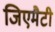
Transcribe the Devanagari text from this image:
जिएमैटी